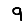
Digit: 9